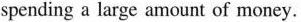
spending a large amount of money.